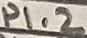
Text: P1.2